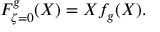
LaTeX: { \cal F } _ { \zeta = 0 } ^ { g } ( X ) = X f _ { g } ( X ) .